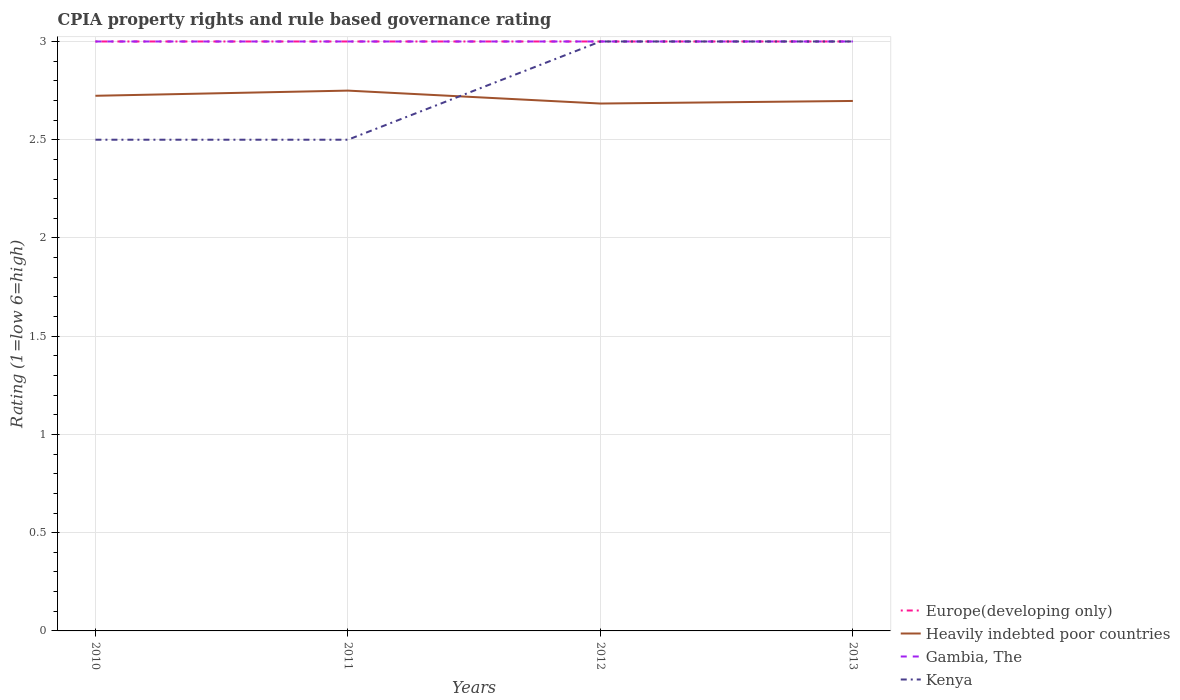
| Years | Europe(developing only) | Heavily indebted poor countries | Gambia, The | Kenya |
 | --- | --- | --- | --- | --- |
 | 2010 | 3 | 2.72 | 3 | 2.5 |
 | 2011 | 3 | 2.75 | 3 | 2.5 |
 | 2012 | 3 | 2.68 | 3 | 3 |
 | 2013 | 3 | 2.7 | 3 | 3 |